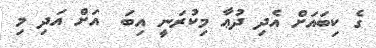
ގެ ކިބައަށް އެދި ދުޢާ މިކުރަނީ އިބަ  އަށް އަދި މި